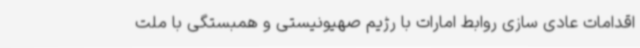
اقدامات عادی سازی روابط امارات با رژیم صهیونیستی و همبستگی با ملت